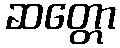
ဆတ္တော